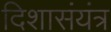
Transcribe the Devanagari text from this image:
दिशासंयंत्र